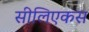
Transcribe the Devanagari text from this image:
सीलिएकस